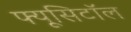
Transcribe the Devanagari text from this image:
फ्यूसिटॉल